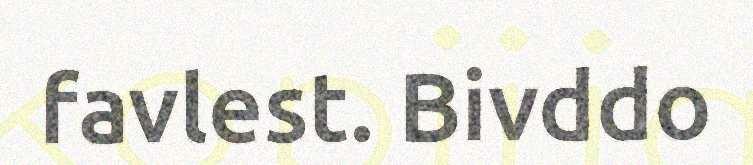
favlest. Bivddo